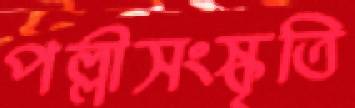
পল্লীসংস্কৃতি